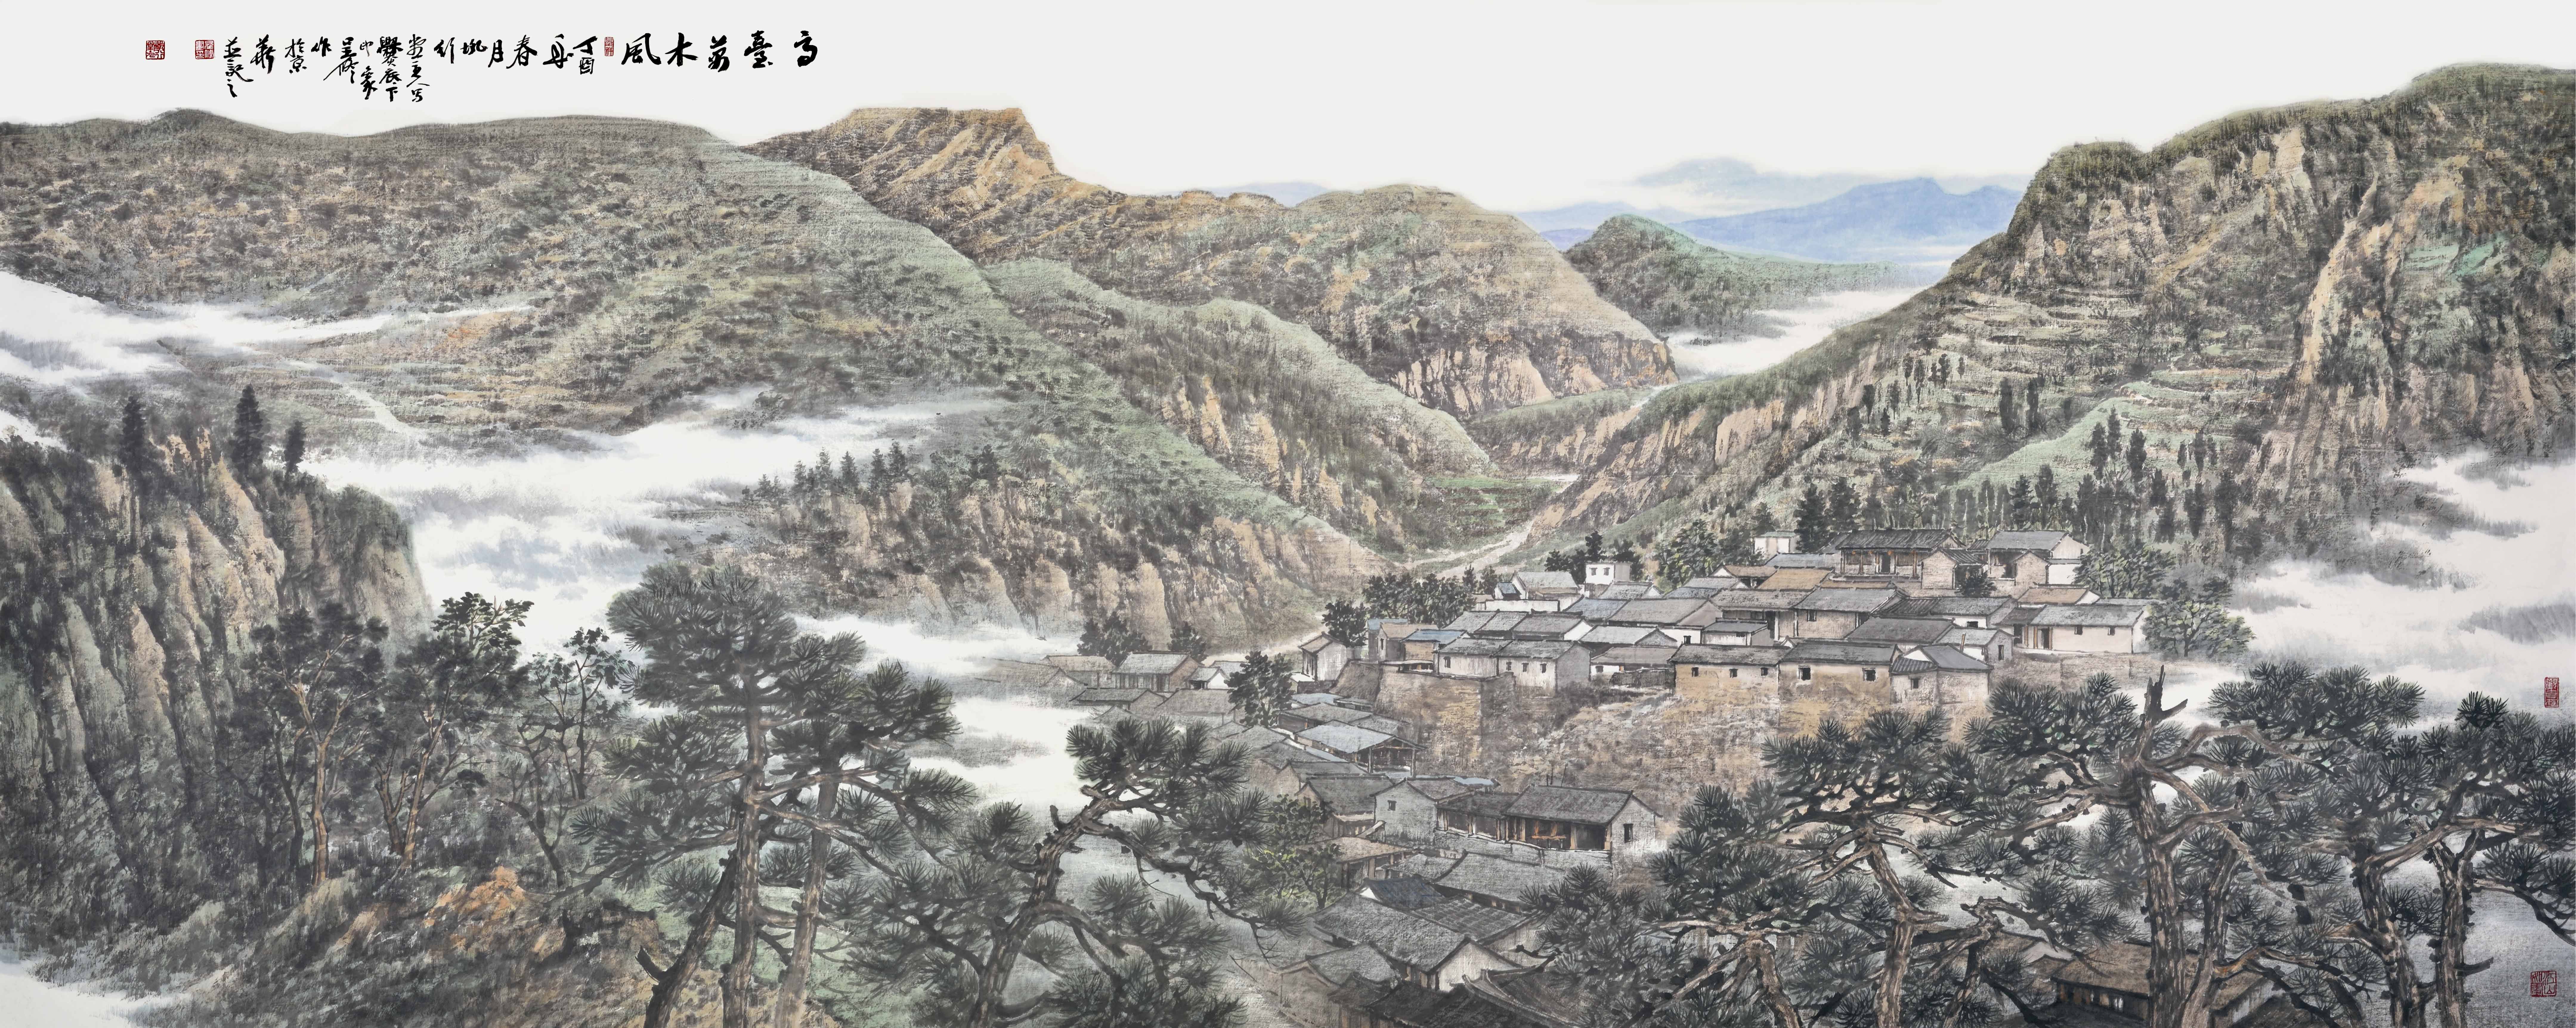
古戍三秋雁，高台万木风。